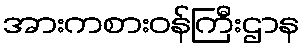
အားကစားဝန်ကြီးဌာန